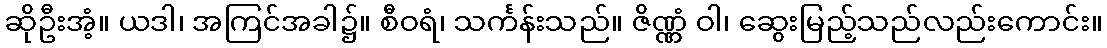
ဆိုဦးအံ့။ ယဒါ၊ အကြင်အခါ၌။ စီဝရံ၊ သင်္ကန်းသည်။ ဇိဏ္ဏံ ဝါ၊ ဆွေးမြည့်သည်လည်းကောင်း။